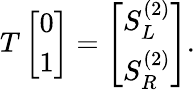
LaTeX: T\left[\begin{array}{l}{0}\\ {1}\end{array}\right]=\left[\begin{array}{l}{S_{L}^{(2)}}\\ {S_{R}^{(2)}}\end{array}\right].